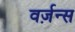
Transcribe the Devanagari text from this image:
वर्ज़न्स